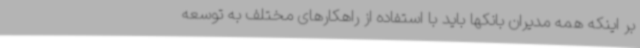
بر اینکه همه مدیران بانکها باید با استفاده از راهکارهای مختلف به توسعه